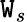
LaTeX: \mathtt{W}_{s}